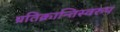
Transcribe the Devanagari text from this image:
प्रतिक्रान्तिस्वरुप